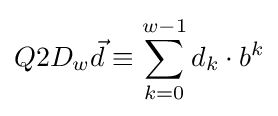
Q2D_{w}{\vec {d}}\equiv \sum _{k=0}^{w-1}d_{k}\cdot b^{k}